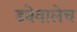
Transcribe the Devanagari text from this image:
डबेवालेच